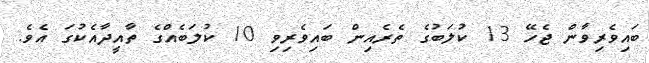
ބައިވެރިވާން ޖެހޭ 13 ކުލަބުގެ ތެރެއިން ބައިވެރިވި 10 ކުލަބެއްގެ ތާއީދާއެކުގަ އެވެ.